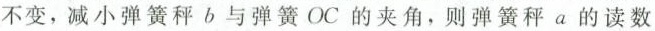
不变，减小弹簧秤b与弹簧OC的夹角，则弹簧秤a的读数